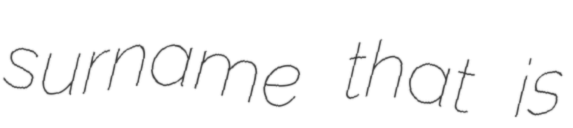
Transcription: surname that is